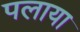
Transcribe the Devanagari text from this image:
पलाया